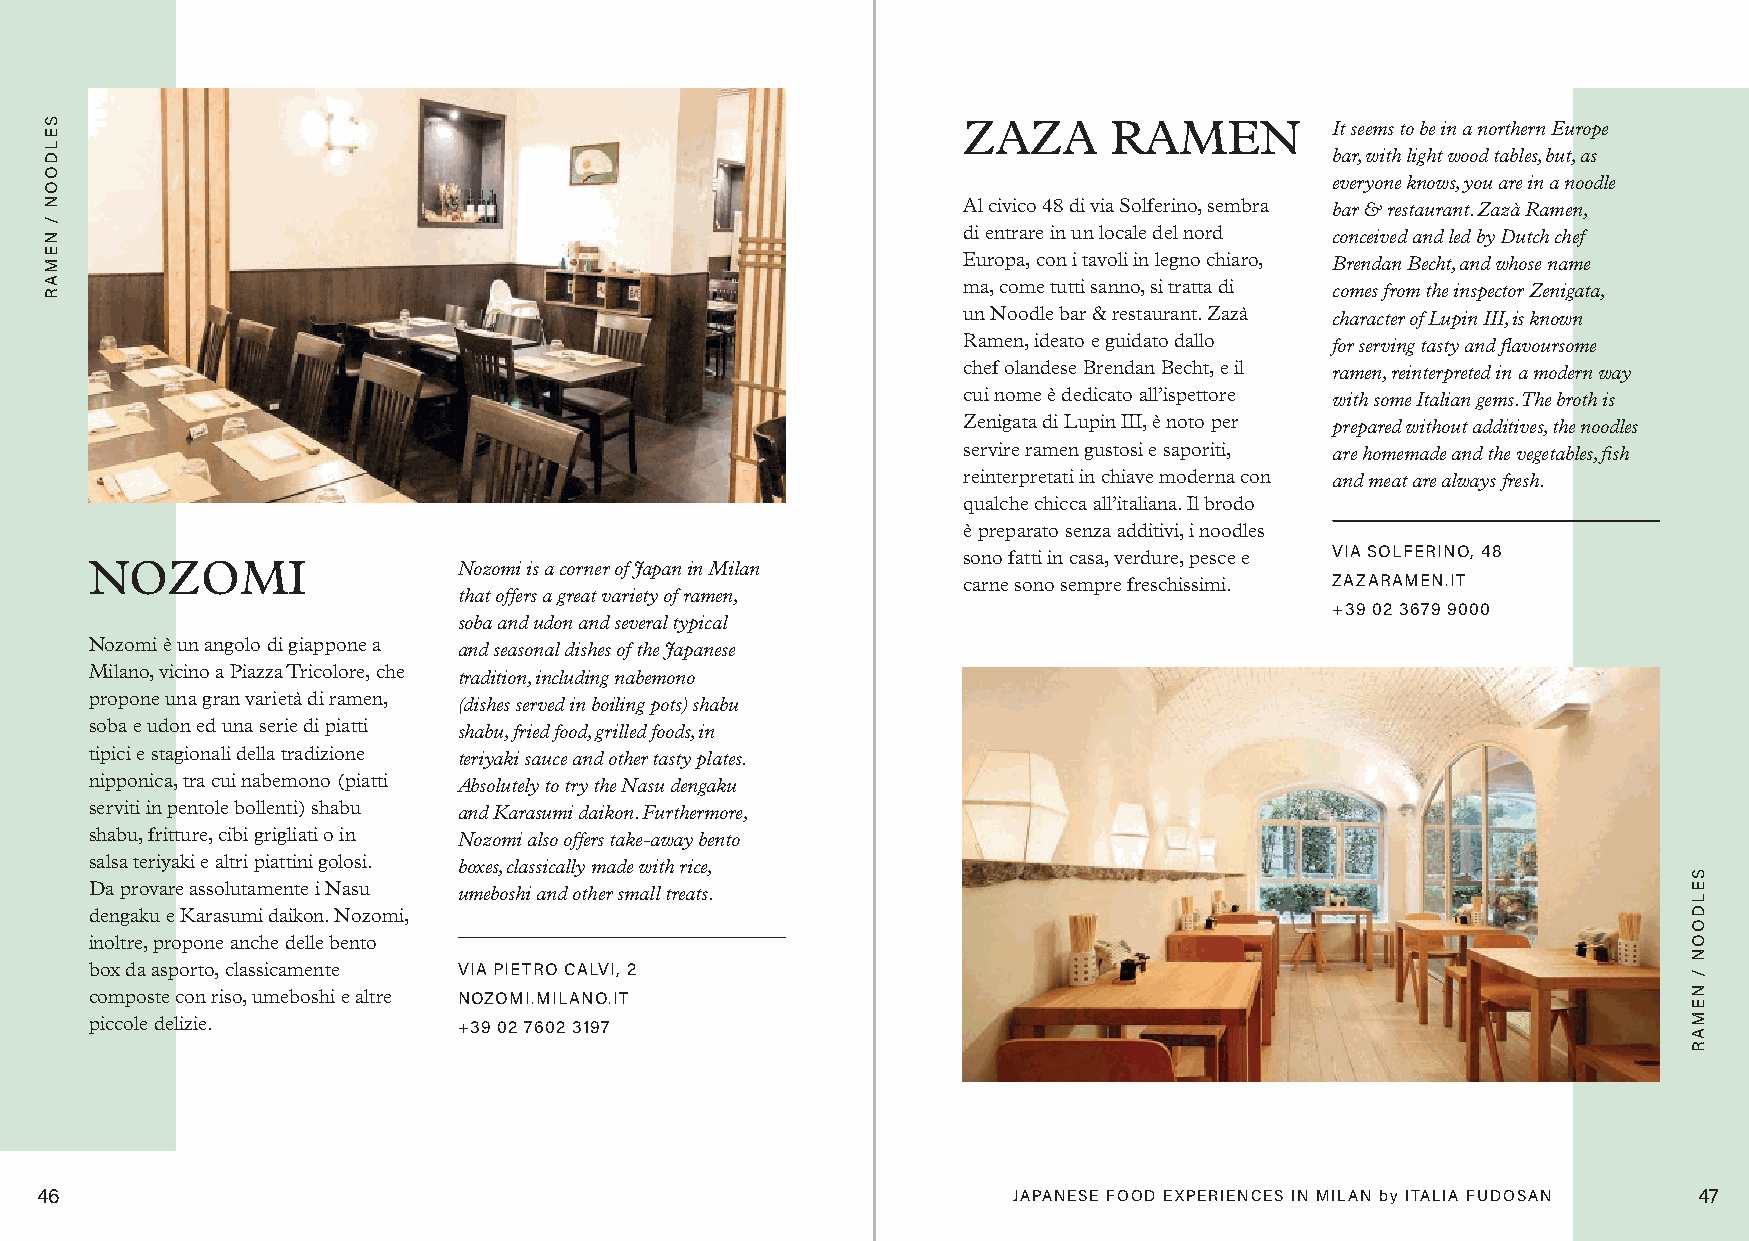
ZAZA     RAMEN          It seems to be in a northern Europe
 bar, with light wood tables, but, as
 everyone knows, you are in a noodle
 Al civico 48 di via Solferino, sembra bar & restaurant. Zazà Ramen,
 di entrare in un locale del nord conceived and led by Dutch chef
 Europa, con i tavoli in legno chiaro, Brendan Becht, and whose name
 ma, come tutti sanno, si tratta di comes from the inspector Zenigata,
 un Noodle bar & restaurant. Zazà character of Lupin III, is known
 Ramen, ideato e guidato dallo for serving tasty and flavoursome
 chef olandese Brendan Becht, e il ramen, reinterpreted in a modern way
 cui nome è dedicato all’ispettore with some Italian gems. The broth is
 Zenigata di Lupin III, è noto per prepared without additives, the noodles
 servire ramen gustosi e saporiti, are homemade and the vegetables, fish
 reinterpretati in chiave moderna con and meat are always fresh.
 qualche chicca all’italiana. Il brodo
 è preparato senza additivi, i noodles
 sono fatti in casa, verdure, pesce e VIA SOLFERINO, 48
 NOZOMI                  Nozomi is a corner of Japan in Milan
 carne sono sempre freschissimi. ZAZARAMEN.IT
 that offers a great variety of ramen,
 +39 02 3679 9000
 soba and udon and several typical
 Nozomi è un angolo di giappone a and seasonal dishes of the Japanese
 Milano, vicino a Piazza Tricolore, che tradition, including nabemono
 propone una gran varietà di ramen, (dishes served in boiling pots) shabu
 soba e udon ed una serie di piatti shabu, fried food, grilled foods, in
 tipici e stagionali della tradizione teriyaki sauce and other tasty plates.
 nipponica, tra cui nabemono (piatti Absolutely to try the Nasu dengaku
 serviti in pentole bollenti) shabu and Karasumi daikon. Furthermore,
 shabu, fritture, cibi grigliati o in Nozomi also offers take-away bento
 salsa teriyaki e altri piattini golosi. boxes, classically made with rice,
 Da provare assolutamente i Nasu umeboshi and other small treats.
 dengaku e Karasumi daikon. Nozomi,
 inoltre, propone anche delle bento
 box da asporto, classicamente VIA PIETRO CALVI, 2
 composte con riso, umeboshi e altre NOZOMI.MILANO.IT
 piccole delizie.        +39 02 7602 3197
 46                                                               JAPANESE FOOD EXPERIENCES IN MILAN by ITALIA FUDOSAN 47
 SELDOON
 /
 NEMAR
 SELDOON
 /
 NEMAR